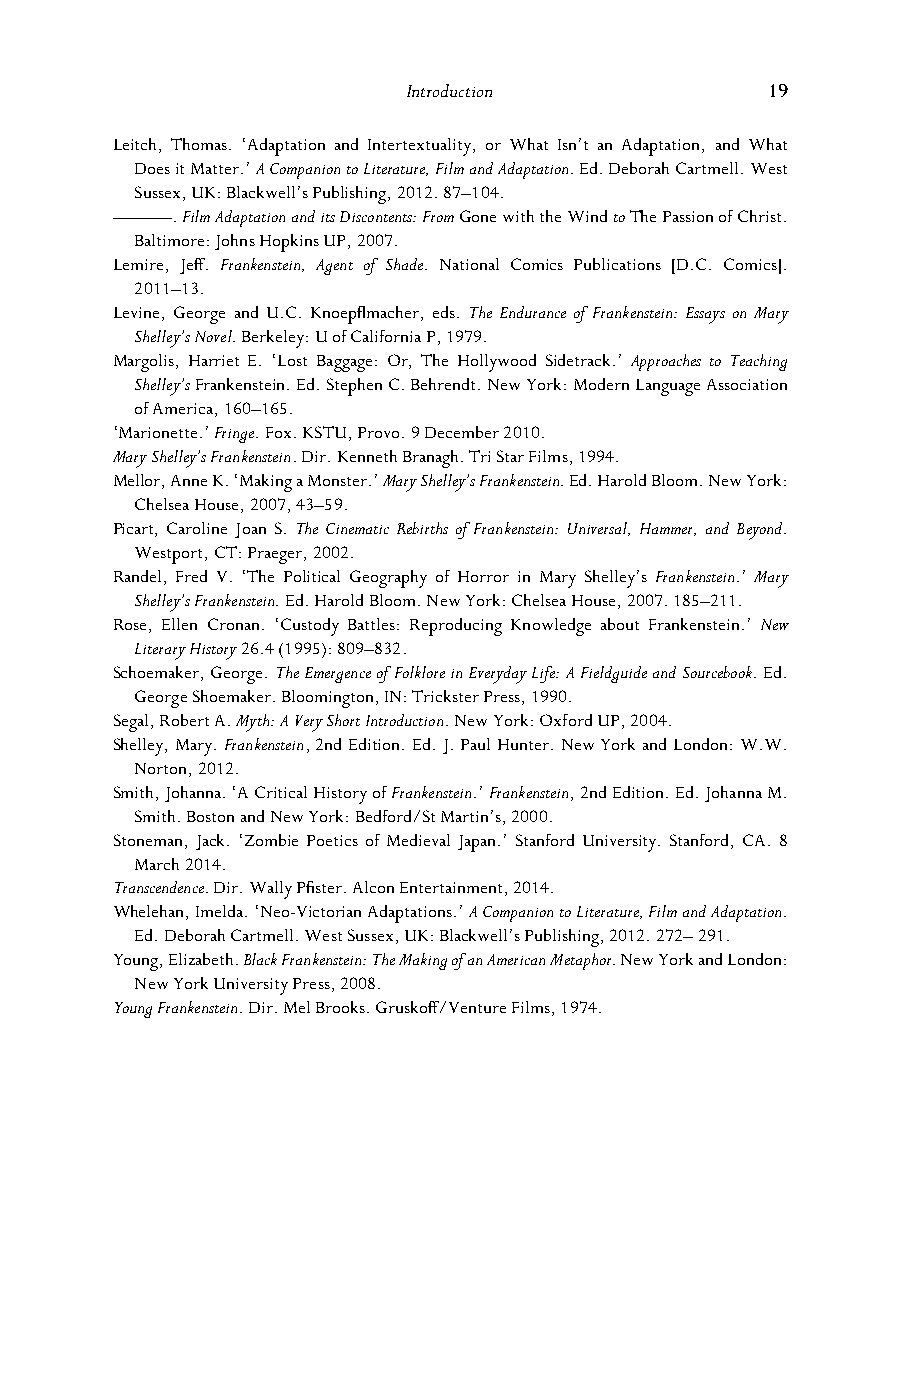
Introduction            19
 Leitch, Thomas. ‘Adaptation and Intertextuality, or What Isn’t an Adaptation, and What
 Does it Matter.’ A Companion to Literature, Film and Adaptation. Ed. Deborah Cartmell. West
 Sussex, UK: Blackwell’s Publishing, 2012. 87–104.
 ———. Film Adaptation and its Discontents: From Gone with the Wind to The Passion of Christ.
 Baltimore: Johns Hopkins UP, 2007.
 Lemire, Jeff. Frankenstein, Agent of Shade. National Comics Publications [D.C. Comics].
 2011–13.
 Levine, George and U.C. Knoepflmacher, eds. The Endurance of Frankenstein: Essays on Mary
 Shelley’s Novel. Berkeley: U of California P, 1979.
 Margolis, Harriet E. ‘Lost Baggage: Or, The Hollywood Sidetrack.’ Approaches to Teaching
 Shelley’s Frankenstein. Ed. Stephen C. Behrendt. New York: Modern Language Association
 of America, 160–165.
 ‘Marionette.’ Fringe. Fox. KSTU, Provo. 9 December 2010.
 Mary Shelley’s Frankenstein. Dir. Kenneth Branagh. Tri Star Films, 1994.
 Mellor, Anne K. ‘Making a Monster.’ Mary Shelley’s Frankenstein. Ed. Harold Bloom. New York:
 Chelsea House, 2007, 43–59.
 Picart, Caroline Joan S. The Cinematic Rebirths of Frankenstein: Universal, Hammer, and Beyond.
 Westport, CT: Praeger, 2002.
 Randel, Fred V. ‘The Political Geography of Horror in Mary Shelley’s Frankenstein.’ Mary
 Shelley’s Frankenstein. Ed. Harold Bloom. New York: Chelsea House, 2007. 185–211.
 Rose, Ellen Cronan. ‘Custody Battles: Reproducing Knowledge about Frankenstein.’ New
 Literary History 26.4 (1995): 809–832.
 Schoemaker, George. The Emergence of Folklore in Everyday Life: A Fieldguide and Sourcebook. Ed.
 George Shoemaker. Bloomington, IN: Trickster Press, 1990.
 Segal, Robert A. Myth: A Very Short Introduction. New York: Oxford UP, 2004.
 Shelley, Mary. Frankenstein, 2nd Edition. Ed. J. Paul Hunter. New York and London: W.W.
 Norton, 2012.
 Smith, Johanna. ‘A Critical History of Frankenstein.’ Frankenstein, 2nd Edition. Ed. Johanna M.
 Smith. Boston and New York: Bedford/St Martin’s, 2000.
 Stoneman, Jack. ‘Zombie Poetics of Medieval Japan.’ Stanford University. Stanford, CA. 8
 March 2014.
 Transcendence. Dir. Wally Pfister. Alcon Entertainment, 2014.
 Whelehan, Imelda. ‘Neo-Victorian Adaptations.’ A Companion to Literature, Film and Adaptation.
 Ed. Deborah Cartmell. West Sussex, UK: Blackwell’s Publishing, 2012. 272– 291.
 Young, Elizabeth. Black Frankenstein: The Making of an American Metaphor. New York and London:
 New York University Press, 2008.
 Young Frankenstein. Dir. Mel Brooks. Gruskoff/Venture Films, 1974.